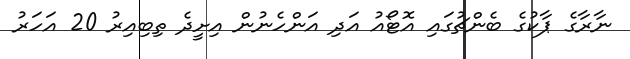
ނާރާގެ ޕާކުގެ ބެންޗުގައި އޮޓޯއު އަދި އަންހެނުން އިށީދެ ތިބިއިރު 20 އަހަރު